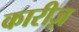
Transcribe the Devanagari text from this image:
कारीज़